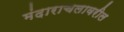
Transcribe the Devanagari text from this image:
मंदाराचलावरील